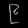
Digit: ၉